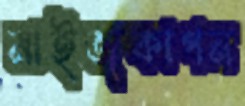
মাইজকাপন